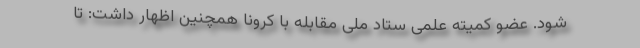
شود. عضو کمیته علمی ستاد ملی مقابله با کرونا همچنین اظهار داشت: تا